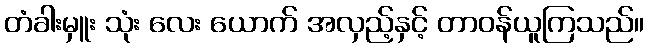
တံခါးမှူး သုံး လေး ယောက် အလှည့်နှင့် တာဝန်ယူကြသည်။